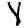
Digit: 4